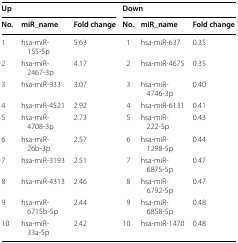
<table><thead><tr><td colspan="3"><b>Up</b></td><td colspan="3"><b>Down</b></td></tr><tr><td><b>No.</b></td><td><b>miR_name</b></td><td><b>Fold change</b></td><td><b>No.</b></td><td><b>miR_name</b></td><td><b>Fold change</b></td></tr></thead><tbody><tr><td>1</td><td>hsa-miR-155-5p</td><td>5.63</td><td>1</td><td>hsa-miR-637</td><td>0.35</td></tr><tr><td>2</td><td>hsa-miR-2467-3p</td><td>4.17</td><td>2</td><td>hsa-miR-4675</td><td>0.35</td></tr><tr><td>3</td><td>hsa-miR-933</td><td>3.07</td><td>3</td><td>hsa-miR-4746-3p</td><td>0.40</td></tr><tr><td>4</td><td>hsa-miR-4521</td><td>2.92</td><td>4</td><td>hsa-miR-6131</td><td>0.41</td></tr><tr><td>5</td><td>hsa-miR-4708-3p</td><td>2.73</td><td>5</td><td>hsa-miR-222-5p</td><td>0.43</td></tr><tr><td>6</td><td>hsa-miR-26b-3p</td><td>2.57</td><td>6</td><td>hsa-miR-1298-5p</td><td>0.44</td></tr><tr><td>7</td><td>hsa-miR-3193</td><td>2.51</td><td>7</td><td>hsa-miR-6875-5p</td><td>0.47</td></tr><tr><td>8</td><td>hsa-miR-4313</td><td>2.46</td><td>8</td><td>hsa-miR-6792-5p</td><td>0.47</td></tr><tr><td>9</td><td>hsa-miR-6715b-5p</td><td>2.44</td><td>9</td><td>hsa-miR-6858-5p</td><td>0.48</td></tr><tr><td>10</td><td>hsa-miR-33a-5p</td><td>2.42</td><td>10</td><td>hsa-miR-1470</td><td>0.48</td></tr></tbody></table>